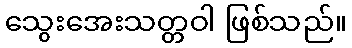
သွေးအေးသတ္တဝါ ဖြစ်သည်။